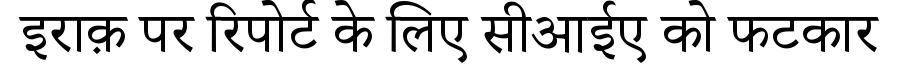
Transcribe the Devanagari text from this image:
इराक़ पर रिपोर्ट के लिए सीआईए को फटकार